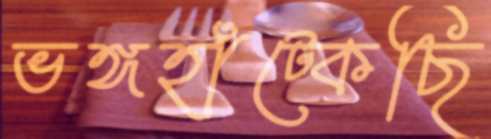
ভঙ্গহাঁট্‌কেছি